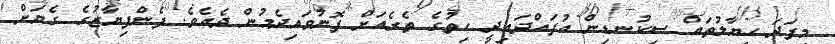
މިފަދަ ހިޔާލުތައް ސިކުނޑިން އުފައްދައިދީ ހިތުގެ ތެރެއަށް ފޮނުވައިދެމުން ދެއެވެ. ފެންފިޔާޒުގެ ގެޔަށް